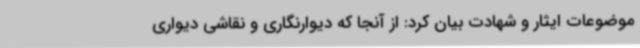
موضوعات ایثار و شهادت بیان کرد: از آنجا که دیوارنگاری و نقاشی دیواری